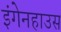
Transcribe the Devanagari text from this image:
इंगेनहाउस